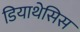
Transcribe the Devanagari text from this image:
डियाथेसिस